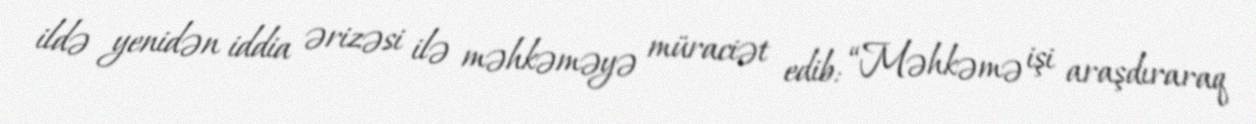
ildə yenidən iddia ərizəsi ilə məhkəməyə müraciət edib: “Məhkəmə işi araşdıraraq